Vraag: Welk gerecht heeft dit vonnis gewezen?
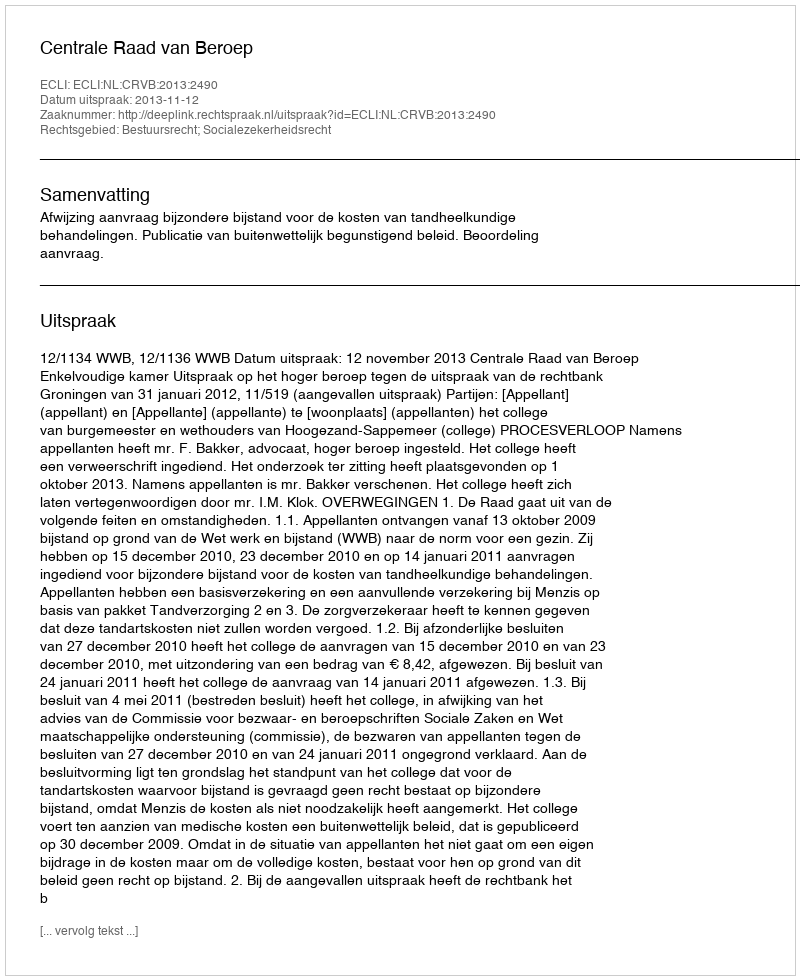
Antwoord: Centrale Raad van Beroep